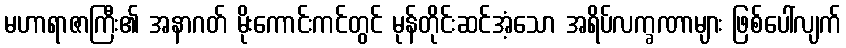
မဟာရာဇာကြီး၏ အနာဂတ် မိုးကောင်းကင်တွင် မုန်တိုင်းဆင်အံ့သော အရိပ်လက္ခဏာများ ဖြစ်ပေါ်လျက်